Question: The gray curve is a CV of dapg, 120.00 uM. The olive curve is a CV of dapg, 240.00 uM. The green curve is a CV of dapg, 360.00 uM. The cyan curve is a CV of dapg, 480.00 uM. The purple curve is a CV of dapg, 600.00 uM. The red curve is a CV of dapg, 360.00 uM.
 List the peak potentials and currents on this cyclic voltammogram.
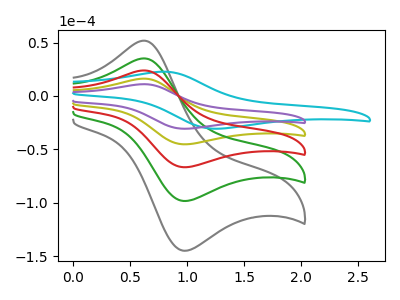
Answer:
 <answer>The gray curve "dapg, 120.00 uM" has an anodic peak at (0.65V, 64.70uA) and a cathodic peak at (1.00V, -181.20uA). The olive curve "dapg, 240.00 uM" has an anodic peak at (0.65V, 16.15uA) and a cathodic peak at (1.00V, -45.30uA). The green curve "dapg, 360.00 uM" has an anodic peak at (0.65V, 48.50uA) and a cathodic peak at (1.00V, -135.90uA). The cyan curve "dapg, 480.00 uM" has an anodic peak at (0.80V, 22.70uA) and a cathodic peak at (1.30V, -30.75uA). The purple curve "dapg, 600.00 uM" has an anodic peak at (0.65V, 11.00uA) and a cathodic peak at (1.00V, -30.75uA). The red curve "dapg, 360.00 uM" has an anodic peak at (0.65V, 32.35uA) and a cathodic peak at (1.00V, -90.60uA).</answer>
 <eval></eval>